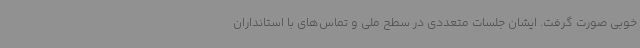
خوبی صورت گرفت. ایشان جلسات متعددی در سطح ملی و تماس‌های با استانداران